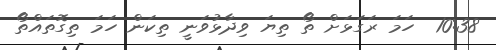
10:38  ހަމަ ރަގަޅަށް ތޯ ތިޔަ ވިދާޅުވަނީ ތިކަން ހަމަ ތިގޮތައްތޯ